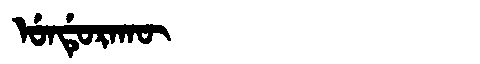
Manchu: ᡠᠨᡩᡠᡵᠠᡴᡡ
Romanization: UNDURAKŪ